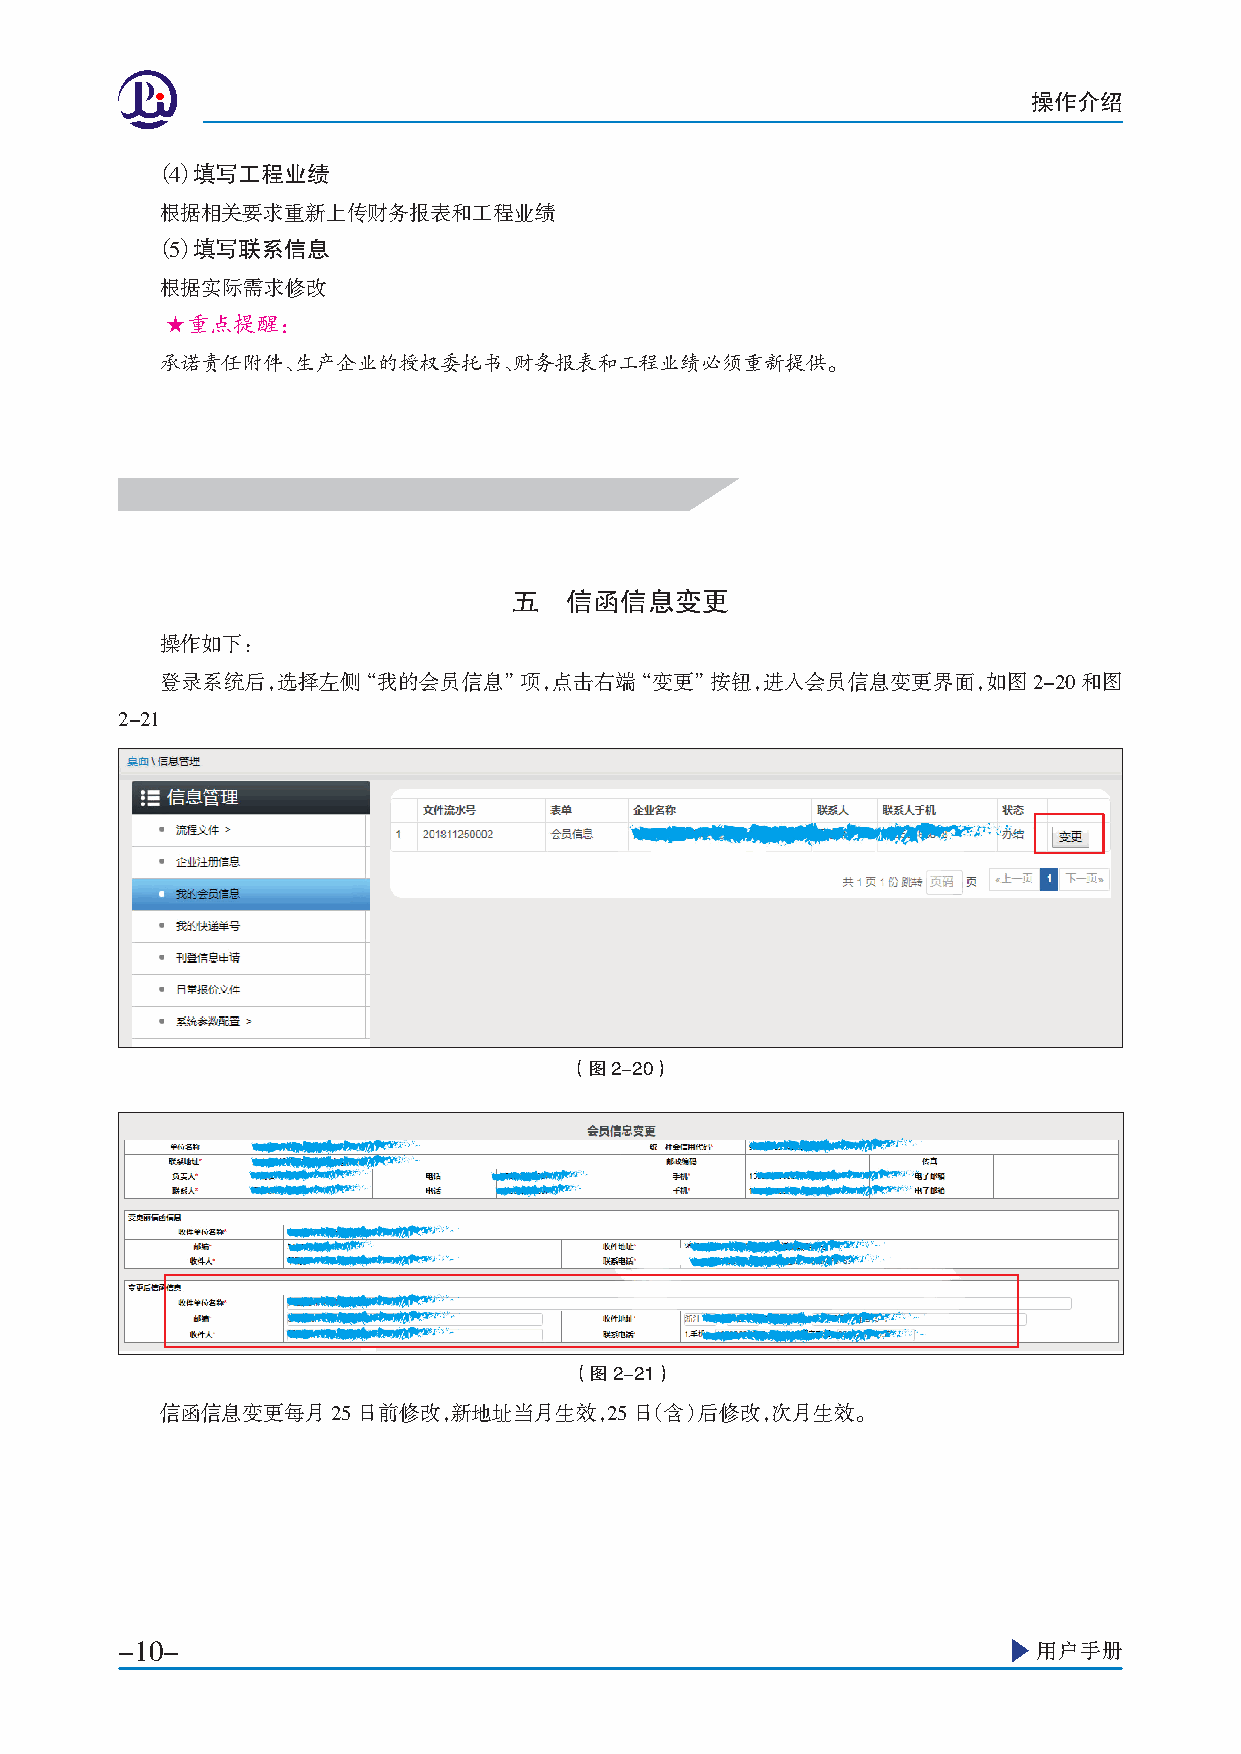
操作介绍
 （4） 填写工程业绩
 根据相关要求重新上传财务报表和工程业绩
 （5） 填写联系信息
 根据实际需求修改
 ★重点提醒：
 承诺责任附件、生产企业的授权委托书、财务报表和工程业绩必须重新提供。
 五  信函信息变更
 操作如下：
 登录系统后，选择左侧“我的会员信息”项，点击右端“变更”按钮，进入会员信息变更界面，如图2-20和图
 2-21
 （图2-20）
 （图2-21）
 信函信息变更每月25日前修改，新地址当月生效，25日（含）后修改，次月生效。
 -10-                                                         用户手册